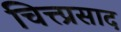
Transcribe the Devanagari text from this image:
चित्त्प्रसाद